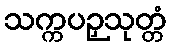
သက္ကပဉှသုတ္တံ